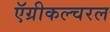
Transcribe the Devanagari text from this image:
ऍग्रीकल्चरल